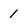
Character: 1